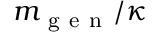
m _ { \mathrm { ~ g ~ e ~ n ~ } } / \kappa